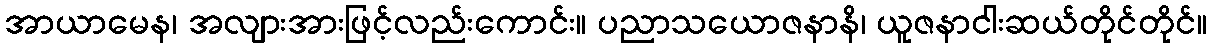
အာယာမေန၊ အလျားအားဖြင့်လည်းကောင်း။ ပညာသယောဇနာနိ၊ ယူဇနာငါးဆယ်တိုင်တိုင်။